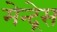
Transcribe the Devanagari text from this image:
मेन्द्रेस